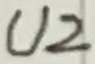
Text: U2